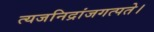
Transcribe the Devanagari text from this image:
त्यजनिद्रांजगत्पते।